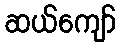
ဆယ်ကျော်